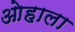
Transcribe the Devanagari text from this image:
ओहाला